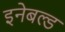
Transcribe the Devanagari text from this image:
इनेबल्ड